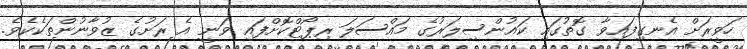
ހަވީރަށް އެނގިފައިވާ ގޮތުގައި ކައުންސިލަރުގެ މައްސަލަ ރިޕޯޓްކޮށްފައި ވަނީ އެ ރަށުގެ ޒުވާނުންތަކެކެވެ.